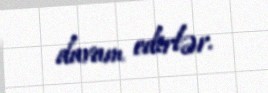
davam edirlər.